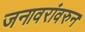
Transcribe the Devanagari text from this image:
जनावरांवरुन